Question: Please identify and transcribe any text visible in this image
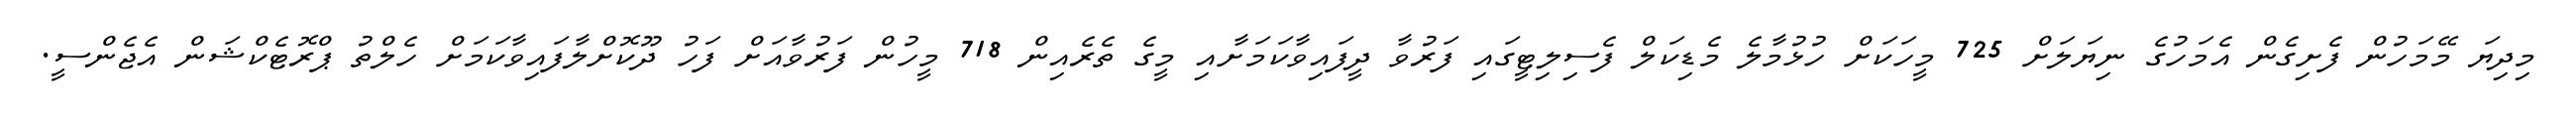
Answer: މިދިޔަ މޭމަހުން ފެށިގެން އެމަހުގެ ނިޔަލަށް 725 މީހަކަށް ހުޅުމާލެ މެޑިކަލް ފެސިލިޓީގައި ފަރުވާ ދީފައިވާކަމަށާއި މީގެ ތެރެއިން 718 މީހުން ފަރުވާއަށް ފަހު ދޫކޮށްލާފައިވާކަމަށް ހެލްތު ޕްރޮޓެކްޝަން އެޖެންސީ.